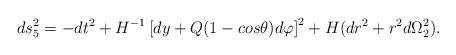
\begin{align*}ds^2_5=-dt^2+H^{-1}\left[ dy+Q(1-cos\theta) d\varphi\right]^2+H(dr^2+r^2d\Omega_2^2).\end{align*}